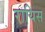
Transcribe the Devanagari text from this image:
रायिस